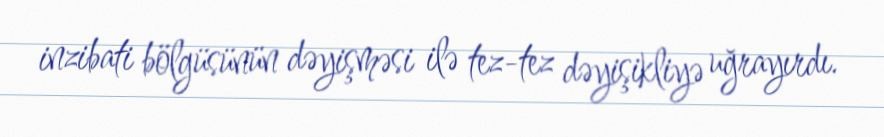
inzibati bölgüsünün dəyişməsi ilə tez-tez dəyişikliyə uğrayırdı.